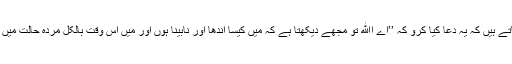
فرماتے ہیں کہ یہ دعا کیا کرو کہ ’’اے اﷲ تو مجھے دیکھتا ہے کہ مَیں کیسا اندھا اور نابینا ہوں اور مَیں اس وقت بالکل مردہ حالت میں ہوں۔